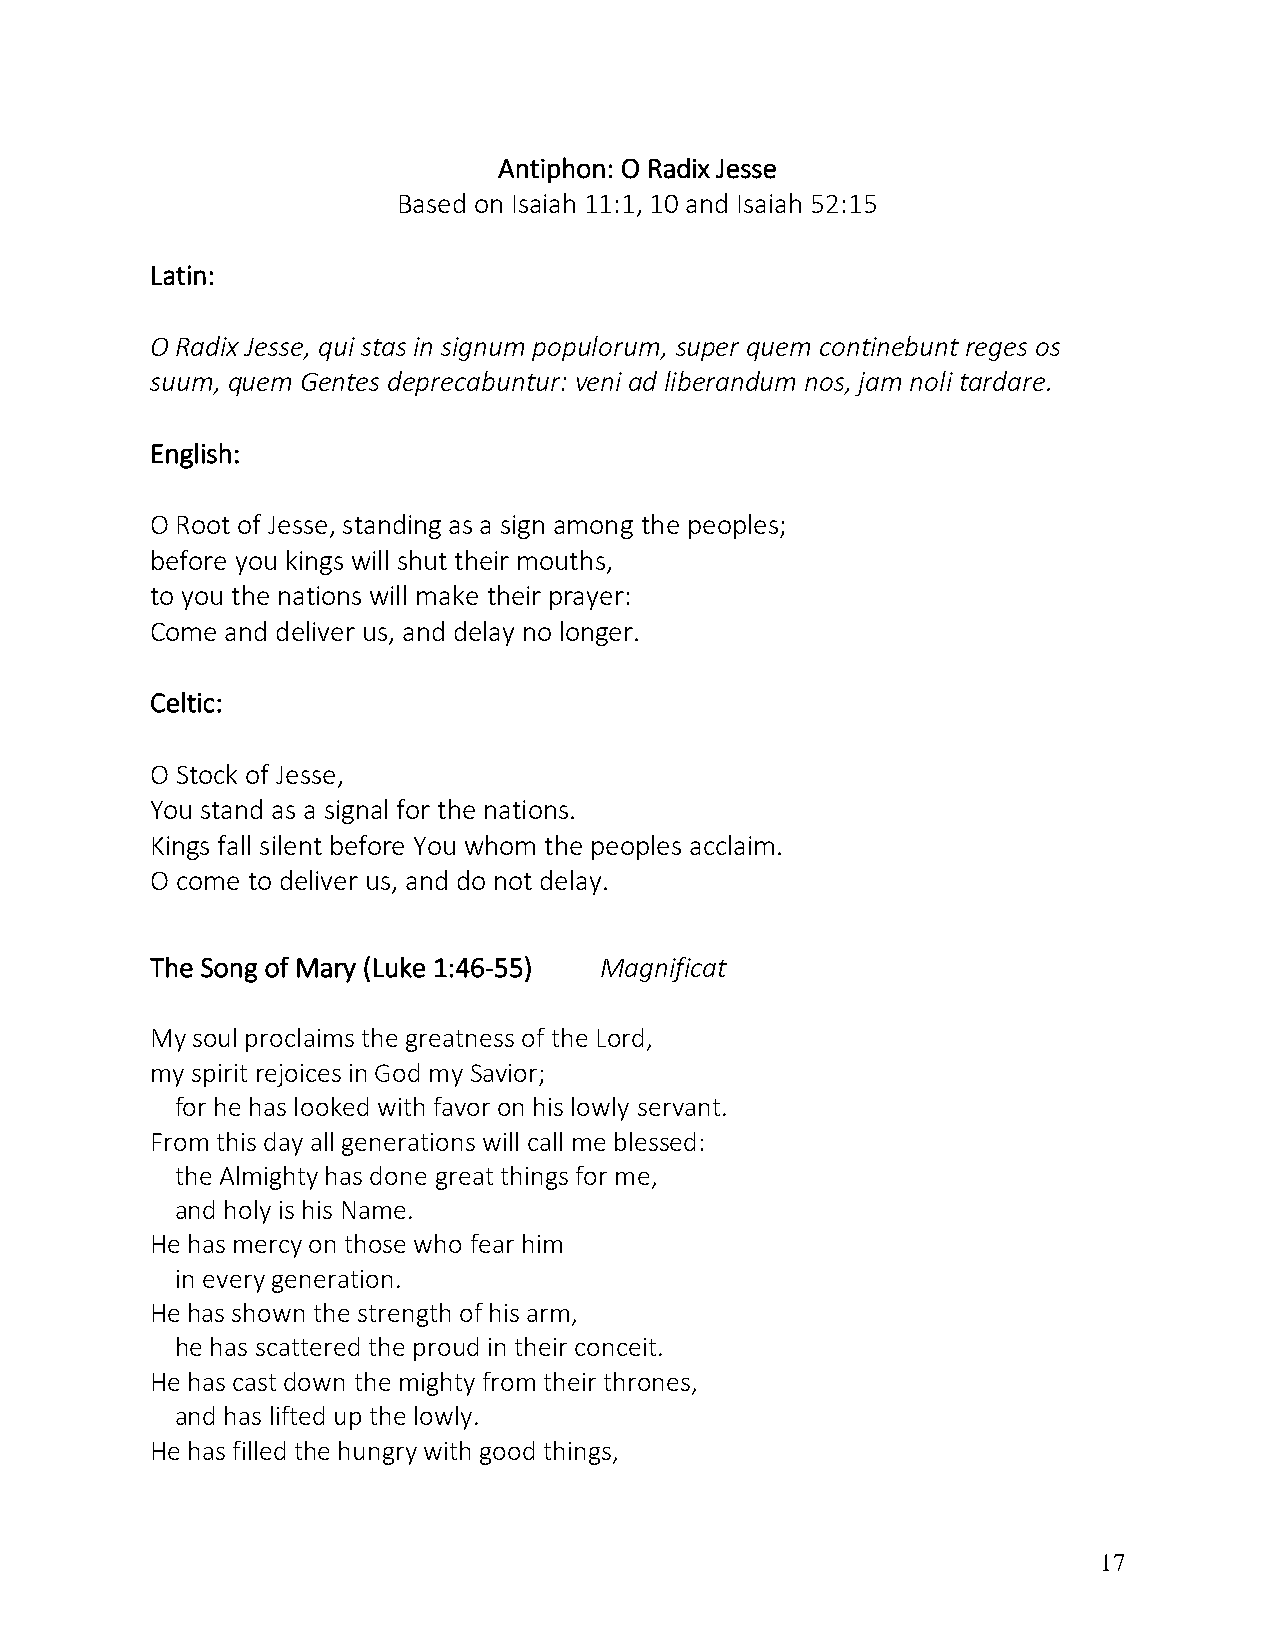
Antiphon: O Radix Jesse
 Based on Isaiah 11:1, 10 and Isaiah 52:15
 Latin:
 O Radix Jesse, qui stas in signum populorum, super quem continebunt reges os
 suum, quem Gentes deprecabuntur: veni ad liberandum nos, jam noli tardare.
 English:
 O Root of Jesse, standing as a sign among the peoples;
 before you kings will shut their mouths,
 to you the nations will make their prayer:
 Come and deliver us, and delay no longer.
 Celtic:
 O Stock of Jesse,
 You stand as a signal for the nations.
 Kings fall silent before You whom the peoples acclaim.
 O come to deliver us, and do not delay.
 The Song of Mary (Luke 1:46-55) Magnificat
 My soul proclaims the greatness of the Lord,
 my spirit rejoices in God my Savior;
 for he has looked with favor on his lowly servant.
 From this day all generations will call me blessed:
 the Almighty has done great things for me,
 and holy is his Name.
 He has mercy on those who fear him
 in every generation.
 He has shown the strength of his arm,
 he has scattered the proud in their conceit.
 He has cast down the mighty from their thrones,
 and has lifted up the lowly.
 He has filled the hungry with good things,
 17